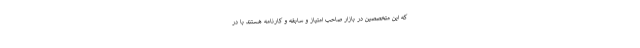
که این متخصصین در بازار صاحب امتیاز و سابقه و کارنامه هستند با در